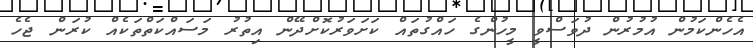
އެހެންކަމުން އުމުރުން ދުވަސްވީ މީހުންގެ ހައްގުތައް ކަށަވަރުކޮށްދޭން އިތުރު މަސައްކަތްތަކެއް ކުރަން ޖެހެ